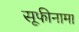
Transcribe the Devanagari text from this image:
सूफीनामा